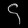
Digit: ၄